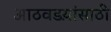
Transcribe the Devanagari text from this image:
आठवडय़ांसाठी